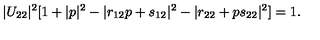
| U _ { 2 2 } | ^ { 2 } [ 1 + | p | ^ { 2 } - | r _ { 1 2 } p + s _ { 1 2 } | ^ { 2 } - | r _ { 2 2 } + p s _ { 2 2 } | ^ { 2 } ] = 1 .